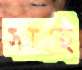
সমস্যাই